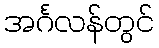
အင်္ဂလန်တွင်